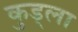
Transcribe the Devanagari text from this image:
कुड्ला